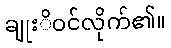
ချုးိဝင်လိုက်၏။